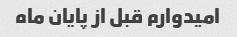
امیدوارم قبل از پایان ماه